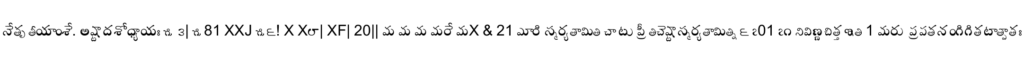
నేతృతీయాంశే. అష్టాదశోధ్యాయః ౫౩| ౫81 XXJ ౫౬! X X౮| XF| 20|| మ మ మ మరే మX & 21 మారి స్మర్యతామితి చా టు ప్రీతిచెష్టాస్మర్యతామిత్ని ౬ ౭01 ౭౧ నివిణ్ణచిత్తఇతి 1 మరు ప్రపతనంగిగితటాత్పాతః